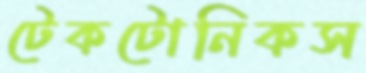
টেকটোনিকস